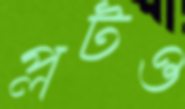
প্লটও